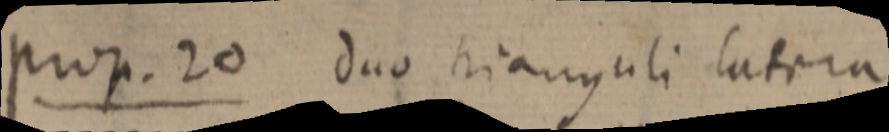
prop. 20 duo trianguli latera